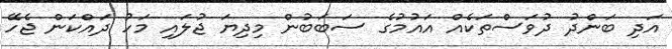
އަދި ބަންދު ދުވަސްތަކެއް އައުމުގެ ސަބަބުން މިދިޔަ ޖުލައި މަހު ދައްކަން ޖެހޭ